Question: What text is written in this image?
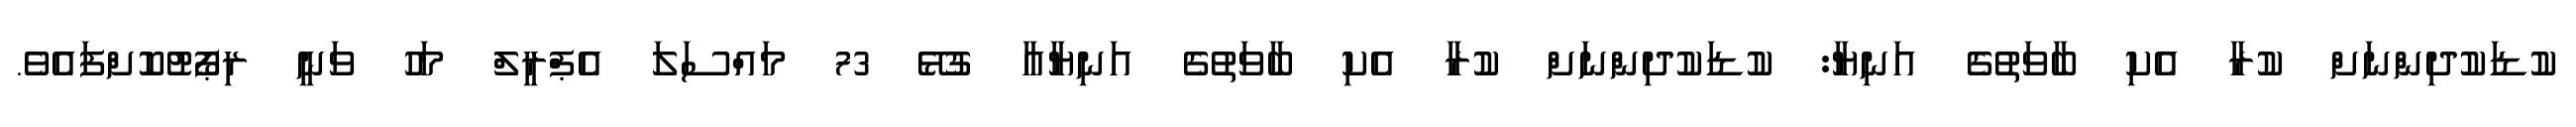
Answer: ކުޑަކުދިންނަށް ކުރާ އެކި ބާވަތުގެ އަނިޔާ: ކުޑަކުދިންނަށް ކުރާ އެކި ބާވަތުގެ އަނިޔާއާ ގުޅޭ 73 މައްސަލަ އެޕްރީލް މަހު ވަނީ ރިޕޯޓުކޮށްފައެވެ.